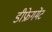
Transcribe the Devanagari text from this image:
डीफ्रेगमेंट